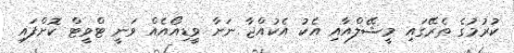
ކުރުމުގެ ތެރޭގައި މީޝޭލްއާއި އެކު އެކުއްޖާ ނަށާ ވީޑިއޯއެއް ވަނީ ޓްވީޓް ކޮށްފައި